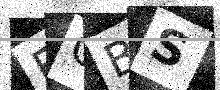
Text: EOBS